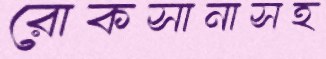
রোকসানাসহ